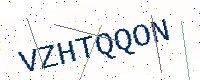
Text: VZHTQQON